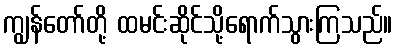
ကျွန်တော်တို့ ထမင်းဆိုင်သို့ရောက်သွားကြသည်။